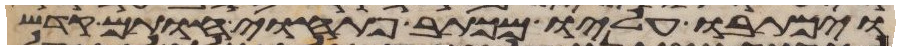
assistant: ויכתבו עליו מכתב פתוחי חותם קדש